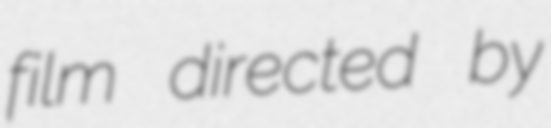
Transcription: film directed by